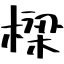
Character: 樑